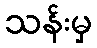
သန်းမှ